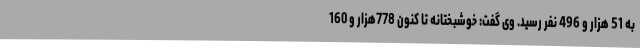
به 51 هزار و 496 نفر رسید. وی گفت: خوشبختانه تا کنون 778هزار و 160